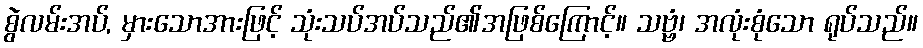
စွဲလမ်းအပ်, မှားသောအားဖြင့် သုံးသပ်အပ်သည်၏အဖြစ်ကြောင့်။ သဗ္ဗံ၊ အလုံးစုံသော ရုပ်သည်။